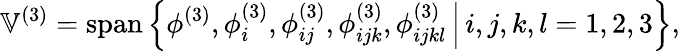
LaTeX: \mathbb{V}^{(3)}=\operatorname{span}\left\{ \phi^{(3)},\phi_{i}^{(3)},\phi_{ij}^{(3)},\phi_{ijk}^{(3)},\phi_{ijkl}^{(3)}\, \Big\vert\, i,j,k,l=1,2,3\right\} ,